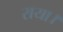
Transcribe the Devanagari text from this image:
राया।